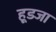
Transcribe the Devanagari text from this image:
हूडजा